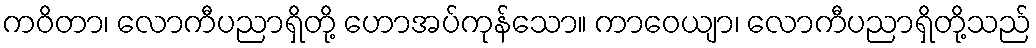
ကဝိတာ၊ လောကီပညာရှိတို့ ဟောအပ်ကုန်သော။ ကာဝေယျာ၊ လောကီပညာရှိတို့သည်